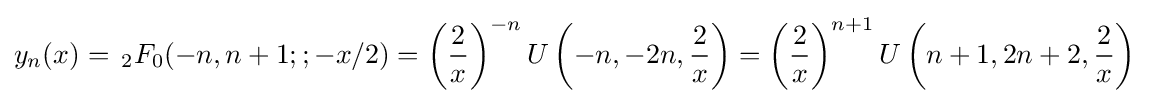
y_{n}(x)=\,_{2}F_{0}(-n,n+1;;-x/2)=\left({\frac {2}{x}}\right)^{-n}U\left(-n,-2n,{\frac {2}{x}}\right)=\left({\frac {2}{x}}\right)^{n+1}U\left(n+1,2n+2,{\frac {2}{x}}\right)